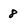
Character: 8